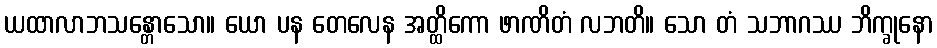
ယထာလာဘသန္တောသော။ ယော ပန တေလေန အတ္ထိကော ဖာဏိတံ လဘတိ။ သော တံ သဘာဂဿ ဘိက္ခုနော